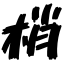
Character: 梢